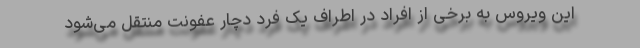
این ویروس به برخی از افراد در اطراف یک فرد دچار عفونت منتقل می‌شود